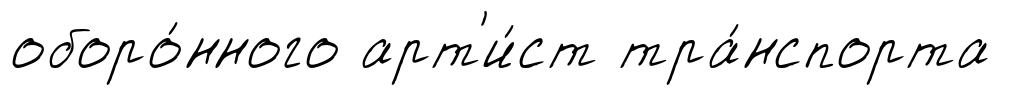
оборо́нного арт'и́ст тра́нспорта